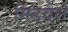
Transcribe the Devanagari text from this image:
मिडवैले